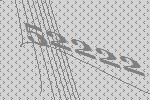
52222